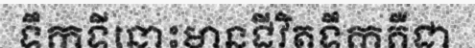
ទឹកទីនោះមានជីវិតទឹកគឺជា